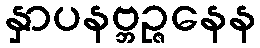
နှာပနဗ္ဘဉ္ဇနေန